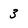
Character: 3